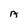
Character: A